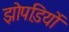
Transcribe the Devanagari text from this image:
झोपडि़यों